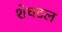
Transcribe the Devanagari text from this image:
शेचटल